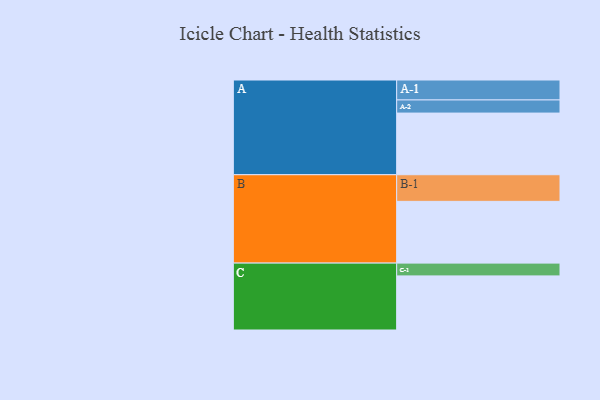
{"axis": {"x": "Segment", "y": "Value"}, "legend": ["", "A", "B", "C"], "data": [{"x": "A", "y": 516, "type": ""}, {"x": "B", "y": 517, "type": ""}, {"x": "C", "y": 453, "type": ""}, {"x": "A-1", "y": 167, "type": "A"}, {"x": "A-2", "y": 110, "type": "A"}, {"x": "B-1", "y": 223, "type": "B"}, {"x": "C-1", "y": 107, "type": "C"}]}